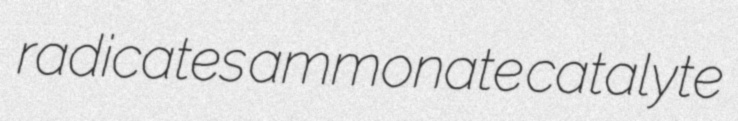
radicates ammonate catalyte